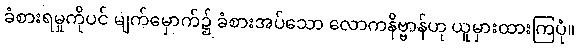
ခံစားရမှုကိုပင် မျက်မှောက်၌ ခံစားအပ်သော လောကနိဗ္ဗာန်ဟု ယူမှားထားကြပုံ။